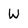
Character: W